Vaccination in the Punjab 1897-1904 - 1897-1904
Year: 1897
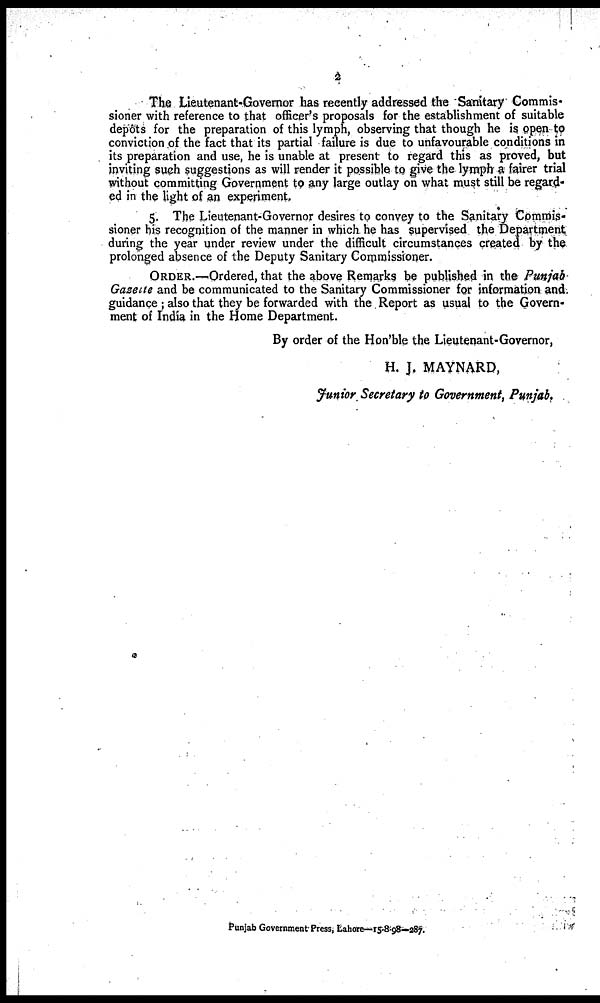
2
The Lieutenant-Governor has recently addressed the Sanitary Commis-
sioner with reference to that officer's proposals for the establishment of suitable
depôts for the preparation of this lymph, observing that though he is open to
conviction of the fact that its partial failure is due to unfavourable conditions in
its preparation and use, he is unable at present to regard this as proved, but
inviting such suggestions as will render it possible to give the lymph a fairer trial
without committing Government to any large outlay on what must still be regard-
ed in the light of an experiment,
5. The Lieutenant-Governor desires to convey to the Sanitary Commis¬
sioner his recognition of the manner in which he has supervised the Department
during the year under review under the difficult circumstances created by the
prolonged absence of the Deputy Sanitary Commissioner.
ORDER.—Ordered, that the above Remarks be published in the Punjab
Gazette and be communicated to the Sanitary Commissioner for information and.
guidance ; also that they be forwarded with the Report as usual to the Govern-
ment of India in the Home Department.
By order of the Hon'ble the Lieutenant-Governor,
H. J. MAYNARD,
Junior Secretary to Government, Punjab.
Punjab Government Press, Lahore—15-8-98—287.